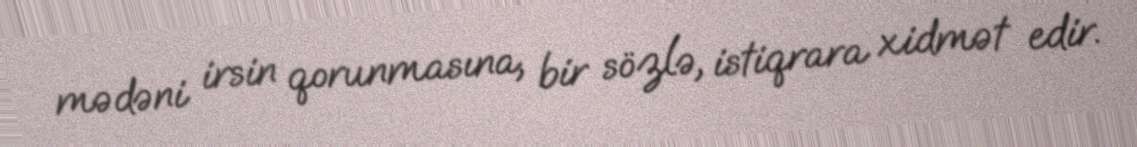
mədəni irsin qorunmasına, bir sözlə, istiqrara xidmət edir.